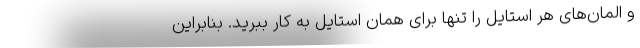
و المان‌های هر استایل را تنها برای همان استایل به کار ببرید. بنابراین